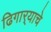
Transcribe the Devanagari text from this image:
ढिगार्‍याचे